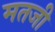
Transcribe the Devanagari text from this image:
मतजी